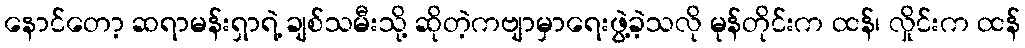
နောင်တော့ ဆရာမန်းရှာရဲ့ ချစ်သမီးသို့ ဆိုတဲ့ကဗျာမှာရေးဖွဲ့ခဲ့သလို မုန်တိုင်းက ထန်၊ လှိုင်းက ထန်